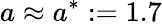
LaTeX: a\approx a^{*}:=1.7